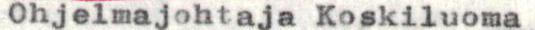
Pääjohtaja Koskiluoma